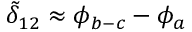
\tilde { \delta } _ { 1 2 } \approx \phi _ { b - c } - \phi _ { a }